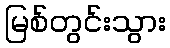
မြစ်တွင်းသွား